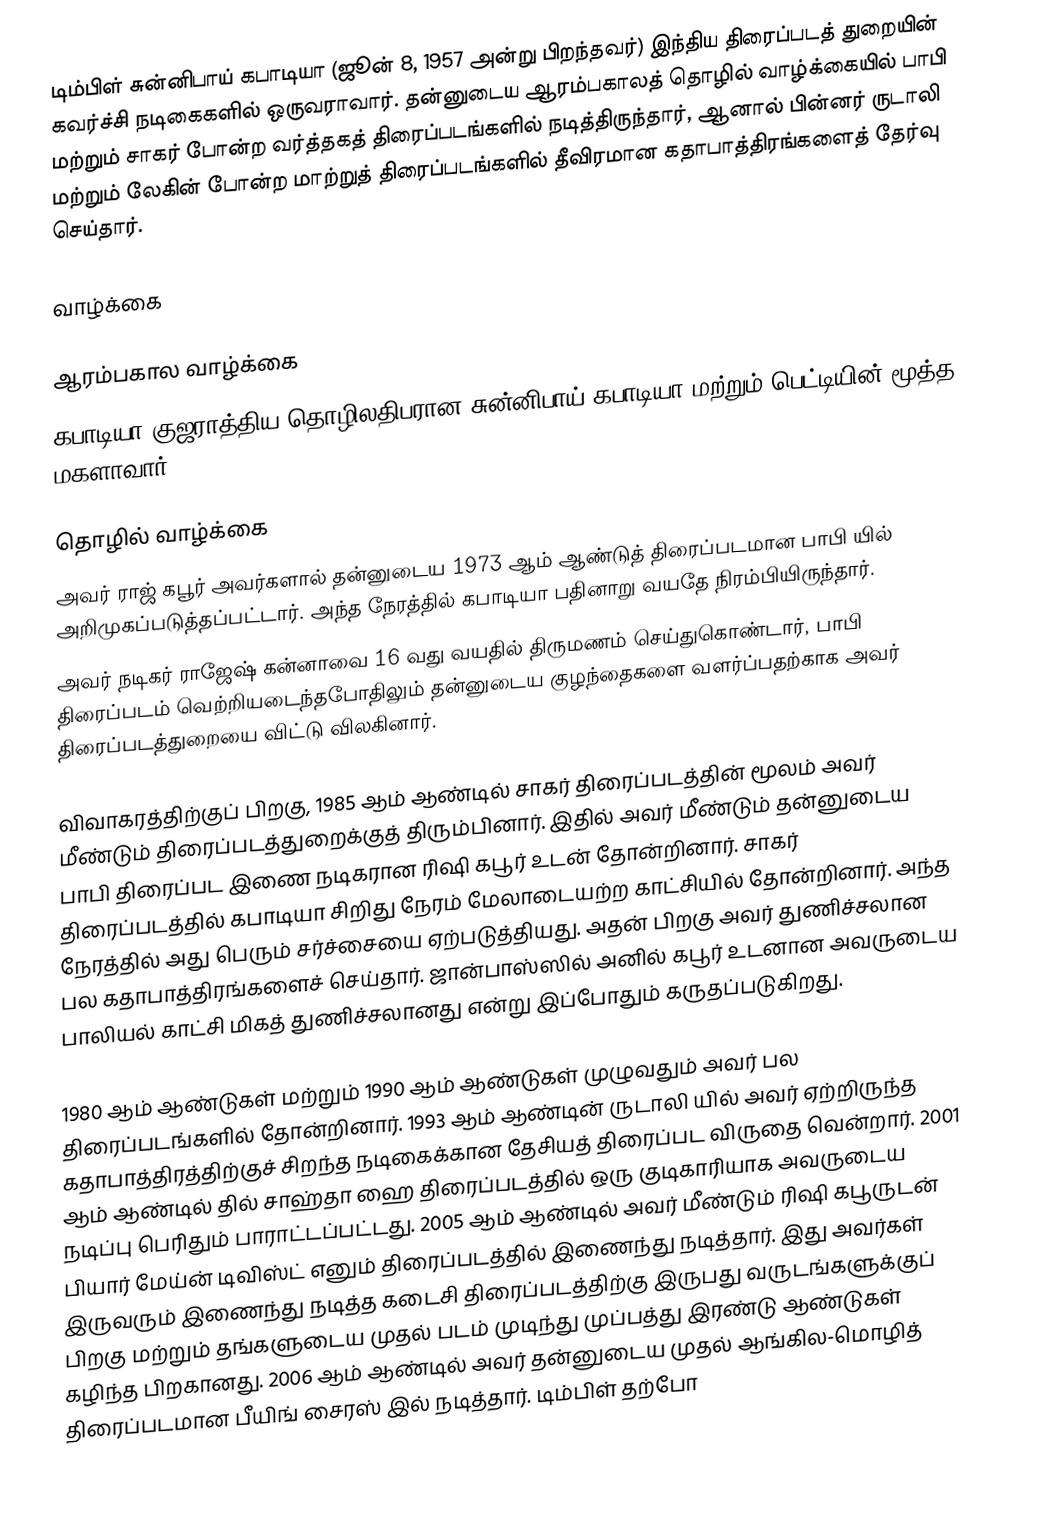
டிம்பிள் சுன்னிபாய் கபாடியா  (ஜூன் 8, 1957 அன்று பிறந்தவர்) இந்திய திரைப்படத் துறையின் கவர்ச்சி நடிகைகளில் ஒருவராவார். தன்னுடைய ஆரம்பகாலத் தொழில் வாழ்க்கையில்  பாபி  மற்றும் சாகர்  போன்ற வர்த்தகத் திரைப்படங்களில் நடித்திருந்தார், ஆனால் பின்னர் ருடாலி  மற்றும் லேகின்  போன்ற மாற்றுத் திரைப்படங்களில் தீவிரமான கதாபாத்திரங்களைத் தேர்வு செய்தார்.

வாழ்க்கை

ஆரம்பகால வாழ்க்கை
கபாடியா குஜராத்திய தொழிலதிபரான சுன்னிபாய் கபாடியா மற்றும் பெட்டியின் மூத்த மகளாவார்.

தொழில் வாழ்க்கை
அவர் ராஜ் கபூர் அவர்களால் தன்னுடைய 1973 ஆம் ஆண்டுத் திரைப்படமான பாபி யில் அறிமுகப்படுத்தப்பட்டார். அந்த நேரத்தில் கபாடியா பதினாறு வயதே நிரம்பியிருந்தார்.
அவர் நடிகர் ராஜேஷ் கன்னாவை 16 வது வயதில் திருமணம் செய்துகொண்டார், பாபி  திரைப்படம் வெற்றியடைந்தபோதிலும் தன்னுடைய குழந்தைகளை வளர்ப்பதற்காக அவர் திரைப்படத்துறையை விட்டு விலகினார்.

விவாகரத்திற்குப் பிறகு, 1985 ஆம் ஆண்டில் சாகர்  திரைப்படத்தின் மூலம் அவர் மீண்டும் திரைப்படத்துறைக்குத் திரும்பினார். இதில் அவர் மீண்டும் தன்னுடைய பாபி  திரைப்பட இணை நடிகரான ரிஷி கபூர் உடன் தோன்றினார். சாகர் திரைப்படத்தில் கபாடியா சிறிது நேரம் மேலாடையற்ற காட்சியில் தோன்றினார்.  அந்த நேரத்தில் அது பெரும் சர்ச்சையை ஏற்படுத்தியது. அதன் பிறகு அவர் துணிச்சலான பல கதாபாத்திரங்களைச் செய்தார். ஜான்பாஸ்ஸில் அனில் கபூர் உடனான அவருடைய பாலியல் காட்சி மிகத் துணிச்சலானது என்று இப்போதும் கருதப்படுகிறது.

1980 ஆம் ஆண்டுகள் மற்றும் 1990 ஆம் ஆண்டுகள் முழுவதும் அவர் பல திரைப்படங்களில் தோன்றினார். 1993 ஆம் ஆண்டின் ருடாலி யில் அவர் ஏற்றிருந்த கதாபாத்திரத்திற்குச் சிறந்த நடிகைக்கான தேசியத் திரைப்பட விருதை வென்றார். 2001 ஆம் ஆண்டில் தில் சாஹ்தா ஹை  திரைப்படத்தில் ஒரு குடிகாரியாக அவருடைய நடிப்பு பெரிதும் பாராட்டப்பட்டது. 2005 ஆம் ஆண்டில் அவர் மீண்டும் ரிஷி கபூருடன் பியார் மேய்ன் டிவிஸ்ட் எனும் திரைப்படத்தில் இணைந்து நடித்தார். இது அவர்கள் இருவரும் இணைந்து நடித்த கடைசி திரைப்படத்திற்கு இருபது வருடங்களுக்குப் பிறகு மற்றும் தங்களுடைய முதல் படம் முடிந்து முப்பத்து இரண்டு ஆண்டுகள் கழிந்த பிறகானது. 2006 ஆம் ஆண்டில் அவர் தன்னுடைய முதல் ஆங்கில-மொழித் திரைப்படமான பீயிங் சைரஸ் இல் நடித்தார். டிம்பிள் தற்போ